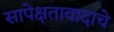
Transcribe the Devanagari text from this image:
सापेक्षतावादाचे